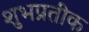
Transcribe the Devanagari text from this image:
शुभप्रतीक